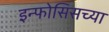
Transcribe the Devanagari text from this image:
इन्फोसिसच्या